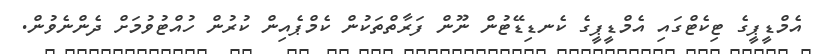
އެމްޑީޕީގެ ޓިކެޓްގައި އެމްޑީޕީގެ ކެނޑިޑޭޓުން ނޫން ފަރާތްތަކުން ކެމްޕެއިން ކުރުން ހުއްޓުވުމަށް ދެންނެވުން.